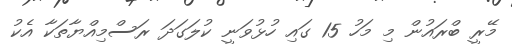
މޭރީ ބްރައުން މި މަހު 15 ގައި ހުޅުވަނީ ކުލަގަދަ ރަސްމިއްޔާތަކާ އެކު